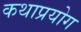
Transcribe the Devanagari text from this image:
कथाप्रयोग